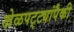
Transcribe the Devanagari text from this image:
खेळपट्ट्यांपैकी